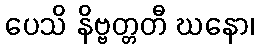
ပေသိ နိဗ္ဗတ္တတီ ဃနော၊